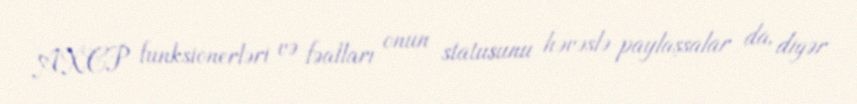
AXCP funksionerləri və fəalları onun statusunu həvəslə paylaşsalar da, digər